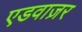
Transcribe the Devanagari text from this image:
एडवाज़र